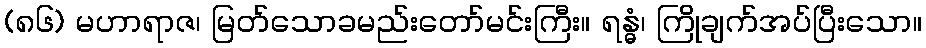
(၈၆) မဟာရာဇ၊ မြတ်သောခမည်းတော်မင်းကြီး။ ရန္ဓံ၊ ကြိုချက်အပ်ပြီးသော။